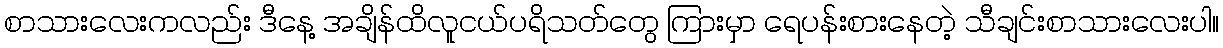
စာသားလေးကလည်း ဒီနေ့ အချိန်ထိလူငယ်ပရိသတ်တွေ ကြားမှာ ရေပန်းစားနေတဲ့ သီချင်းစာသားလေးပါ။